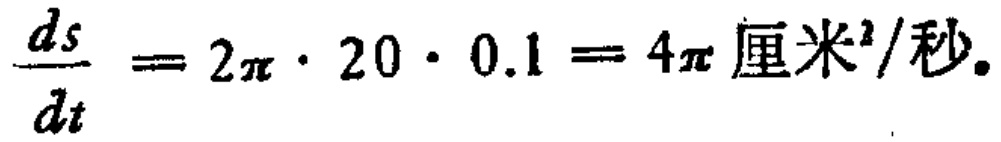
$\frac{ds}{dt}=2\pi\cdot 20\cdot 0.1 = 4\pi \text{ 厘米}^2/\text{秒}.$